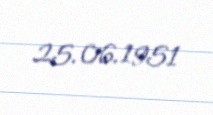
25.06.1951